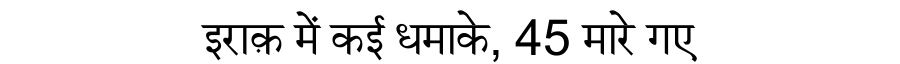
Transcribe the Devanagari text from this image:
इराक़ में कई धमाके, 45 मारे गए